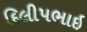
દિલીપભાઇ